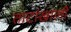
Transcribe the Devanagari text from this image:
ताटांखाली